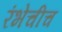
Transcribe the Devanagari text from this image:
रंभेचीच